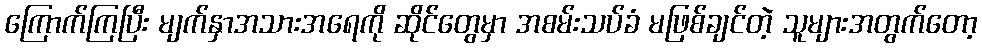
ကြောက်ကြပြီး မျက်နှာအသားအရေကို ဆိုင်တွေမှာ အစမ်းသပ်ခံ မဖြစ်ချင်တဲ့ သူများအတွက်တော့